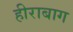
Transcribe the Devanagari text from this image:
हीराबाग